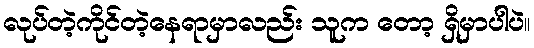
လုပ်တဲ့ကိုင်တဲ့နေရာမှာလည်း သူက တော့ ရှိမှာပါပဲ။